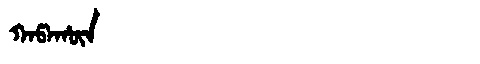
Manchu: ᡴᠠᡦᠠᡥᡡᠨ
Romanization: KAPAHŪN